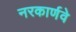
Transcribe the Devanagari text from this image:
नरकार्णवे